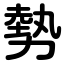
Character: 勢